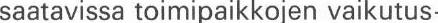
saatavissa toimipaikkojen vaikutus